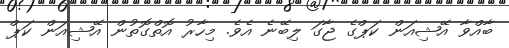
ބާއްވާ އޭޝިއަން ކަޕްގެ ޖާގަ ލިބޭނެ އެވެ. މިހާރު އޮތްގޮތުން އޭޝިއަން ކަޕް